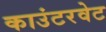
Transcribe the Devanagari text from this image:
काउंटरवेट